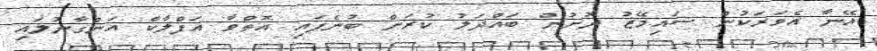
އޭނާ އެވަރަކުން ސައިމޭޒު ދޮށުން ބައްދަލު ކުރަން ބުނެފައި އޮތްވާ އަފްލާކް އަންގާނުލައި